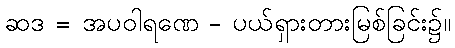
ဆဒ = အပဝါရဏေ - ပယ်ရှားတားမြစ်ခြင်း၌။